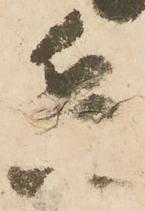
兵